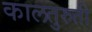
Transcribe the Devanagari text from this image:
कालतुरुती